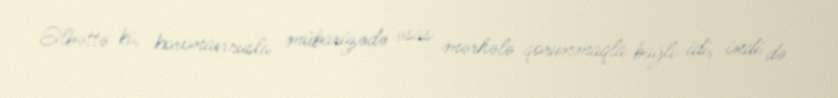
Əlbəttə ki, koronavirusla mübarizədə əsas mərhələ qorunmaqla bağlı idi, indi də